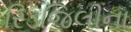
રિડજિલીના